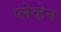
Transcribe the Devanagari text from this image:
प्लेव्हेन